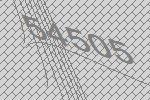
54505